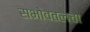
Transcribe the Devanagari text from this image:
सभोवतलचा